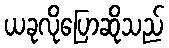
ယခုလိုပြောဆိုသည်